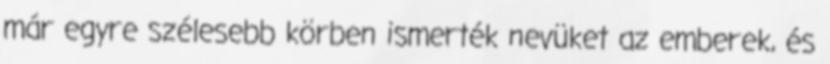
már egyre szélesebb körben ismerték nevüket az emberek, és